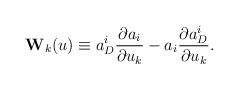
LaTeX: \begin{align*}{\bf W}_k(u)\equiv a_D^i \frac{\partial a_i}{\partial u_k}- a_i \frac{\partial a_D^i}{\partial u_k}.\end{align*}